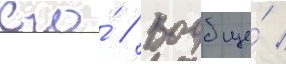
его́ // Вообще́ /